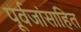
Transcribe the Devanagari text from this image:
पूर्वजांसाहित